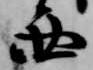
西